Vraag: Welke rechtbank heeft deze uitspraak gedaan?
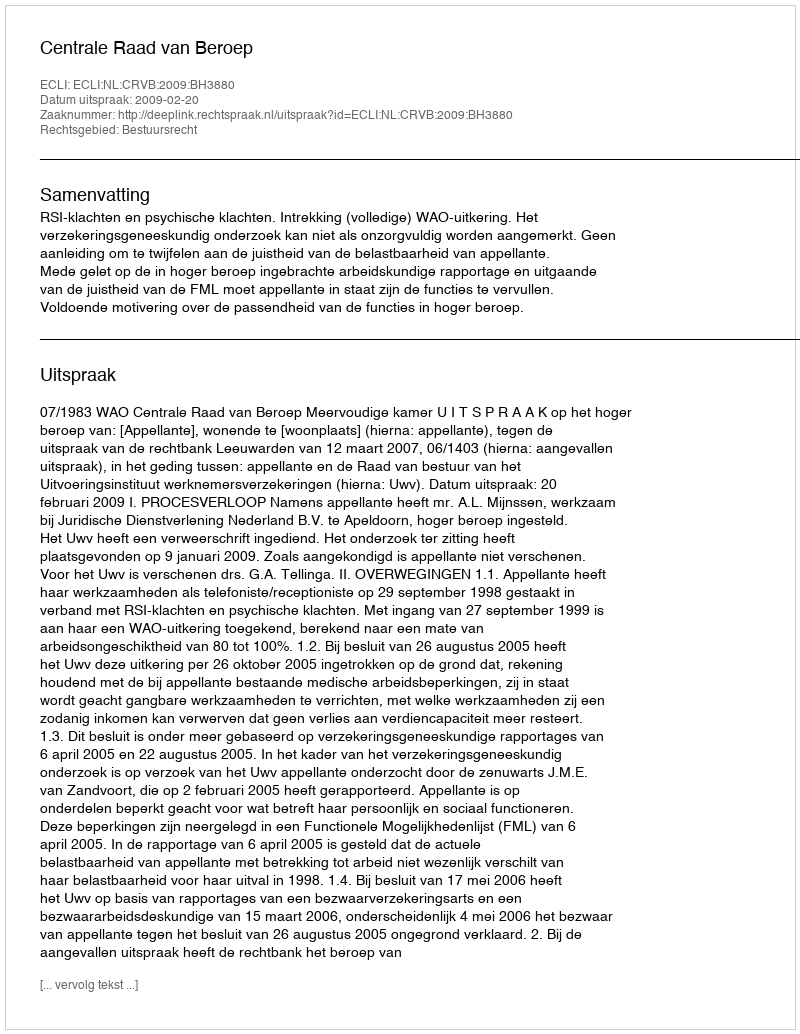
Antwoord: Centrale Raad van Beroep